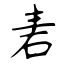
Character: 砉